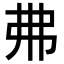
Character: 𢎵